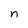
Character: n